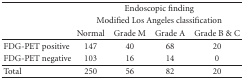
|  | <COLSPAN=4> Endoscopic finding |
 |  | <COLSPAN=4> Modified Los Angeles classification |
 |  | Normal | Grade M | Grade A | Grade B & C |
 | --- | --- | --- | --- | --- |
 | FDG-PET positive | 147 | 40 | 68 | 20 |
 | FDG-PET negative | 103 | 16 | 14 | 0 |
 | Total | 250 | 56 | 82 | 20 |